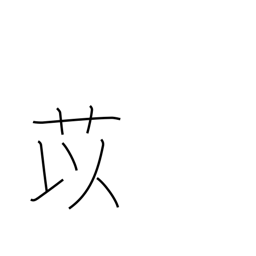
Meaning: adlay